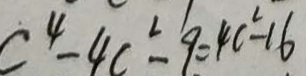
c ^ { 4 } - 4 c ^ { 2 } - 9 = 4 c ^ { 2 } - 1 6